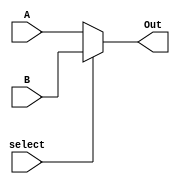
module Mux2(input [31:0] A, input [31:0] B, input [0:0] select, output [31:0] Out);
	assign Out = (select == 1'b0) ? A : B; 
endmodule